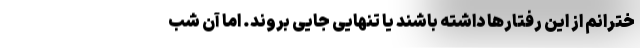
خترانم از این رفتار‌ها داشته باشند یا تنهایی جایی بروند. اما آن شب